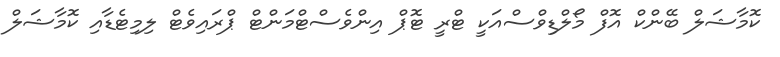
ކޮމާޝަލް ބޭންކް އޮފް މޯލްޑިވްސްއަކީ ޓްރީ ޓޮޕް އިންވެސްޓްމަންޓް ޕްރައިވެޓް ލިމިޓެޑާއި ކޮމާޝަލް